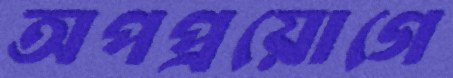
অপপ্রয়োগে